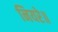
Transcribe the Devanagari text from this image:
नियरे॥